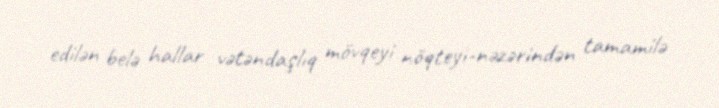
edilən belə hallar vətəndaşlıq mövqeyi nöqteyi-nəzərindən tamamilə